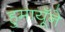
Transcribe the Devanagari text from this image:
हुमायूँने